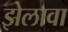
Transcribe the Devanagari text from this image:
झेलावा